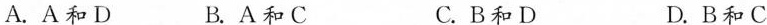
A.A和D B.A和C C.B和D D.B和C